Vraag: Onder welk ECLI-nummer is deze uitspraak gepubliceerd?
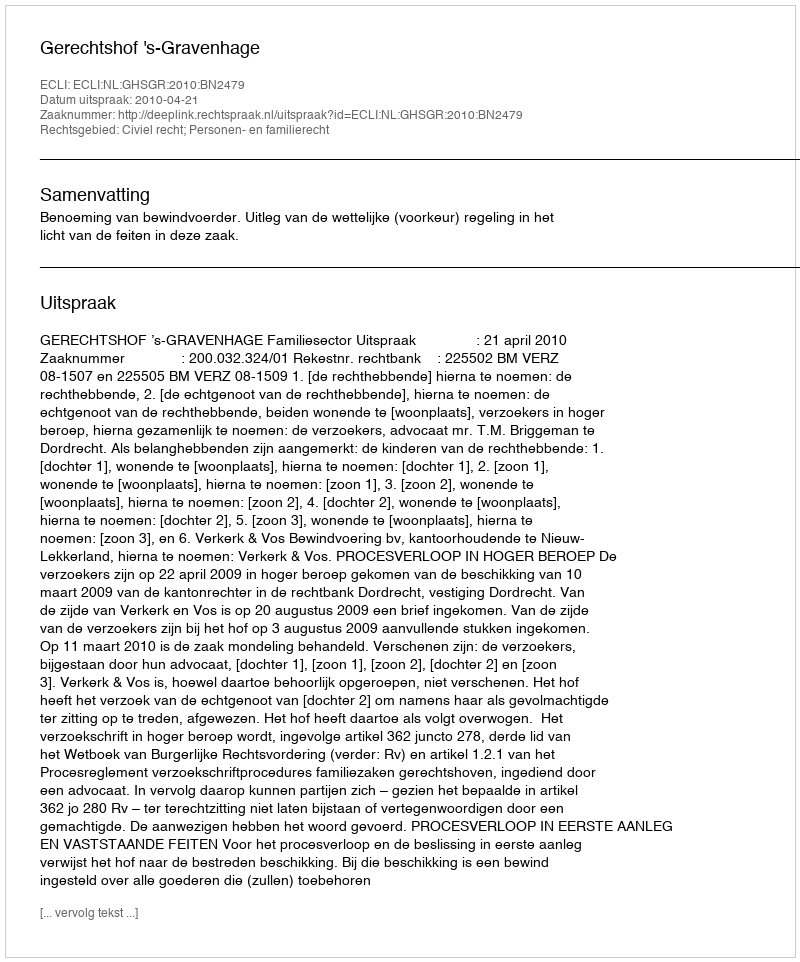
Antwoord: ECLI:NL:GHSGR:2010:BN2479